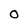
Character: 0